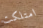
امتلكت